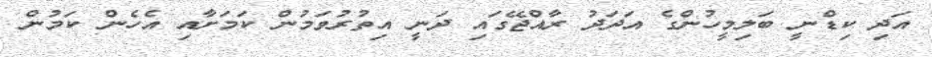
އަދި ކިޑްނީ ބަލިމީހުންގެ އަދަދު ރާއްޖޭގައި ދަނީ އިތުރުވަމުން ކަމަށާއި އެހެން ކަމުން